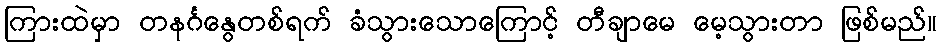
ကြားထဲမှာ တနင်္ဂနွေတစ်ရက် ခံသွားသောကြောင့် တီချာမေ မေ့သွားတာ ဖြစ်မည်။